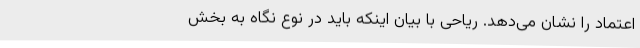
اعتماد را نشان می‌دهد. ریاحی با بیان اینکه باید در نوع نگاه به بخش